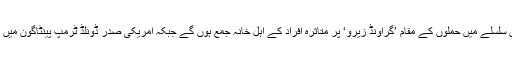
امریکی خبررساں ادارے کی رپورٹ کے مطابق اس سلسلے میں حملوں کے مقام ’گراؤنڈ زیرو‘ پر متاثرہ افراد کے اہلِ خانہ جمع ہوں گے جبکہ امریکی صدر ڈونلڈ ٹرمپ پینٹاگون میں اس حوالے سے منعقدہ تقریب میں شرکت کریں گے۔